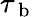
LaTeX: \tau_{\mathrm{~b~}}